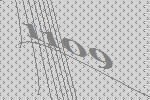
1109